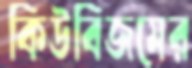
কিউবিজমের